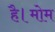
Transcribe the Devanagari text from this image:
है।मोम